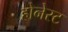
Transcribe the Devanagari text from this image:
होनेस्ट